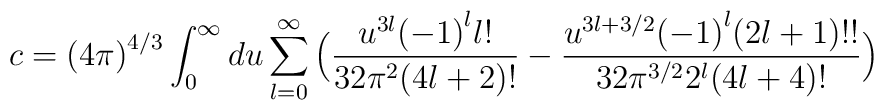
c={(4\pi)}^{4/3}\int_0^{\infty} du \sum_{l=0}^{\infty}\Big(\frac{u^{3l}{(-1)}^l l!}{32\pi^2(4l+2)!}-\frac{u^{3l+3/2}{(-1)}^l (2l+1)!!}{32\pi^{3/2}2^l(4l+4)!}\Big)